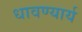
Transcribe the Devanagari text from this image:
धावण्यार्य